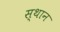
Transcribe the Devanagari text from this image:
स्‍थान